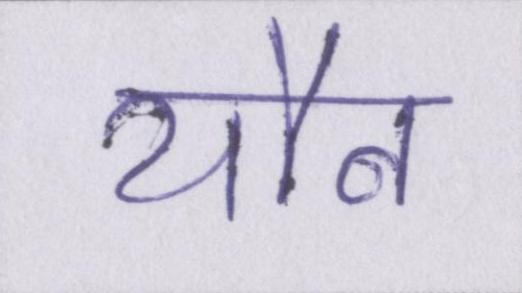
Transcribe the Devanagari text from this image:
यौन